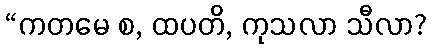
“ကတမေ စ, ထပတိ, ကုသလာ သီလာ?